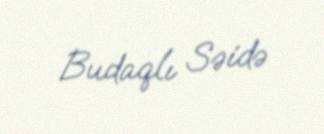
Budaqlı Səidə